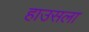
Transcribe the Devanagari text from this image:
हाउसला